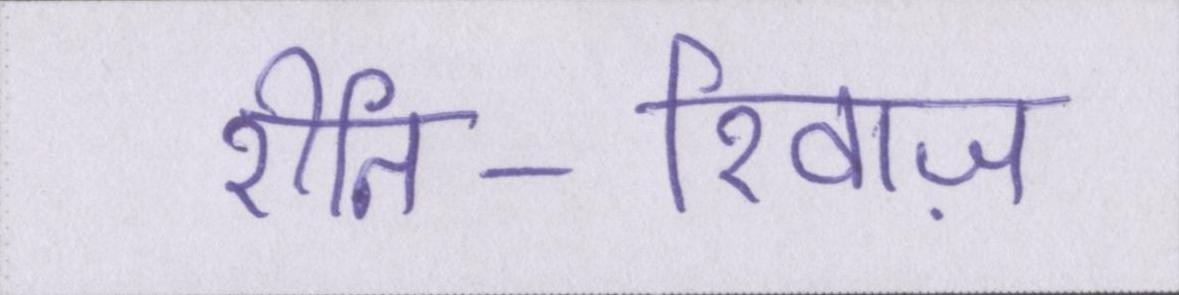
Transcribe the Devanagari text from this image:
रीति-रिवाज़